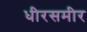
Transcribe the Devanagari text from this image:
धीरसमीर